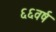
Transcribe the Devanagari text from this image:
६६वर्ष